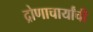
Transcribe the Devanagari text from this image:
द्रोणाचार्यांची